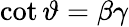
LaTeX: \cot\vartheta=\beta\gamma